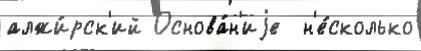
алжи́рск'ий Основа́н'иjе  н'е́сколько